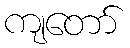
ကျတော်